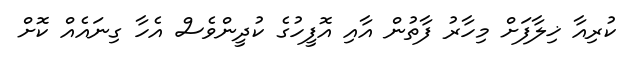
ކުރިއާ ޚިލާފަށް މިހާރު ފާތުން އާއި އޮފީހުގެ ކުދީންވެސް އެހާ ގިނައެއް ކޮށް